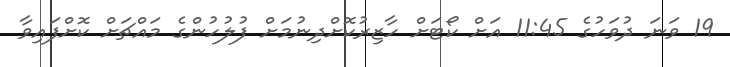
19 ވަނަ ދުވަހުގެ 11:45 އަށް ކޯޓަށް ހާޒިރުކޮށްދިނުމަށް ފުލުހުންގެ މައްޗަށް ކޮށްފައިވާ